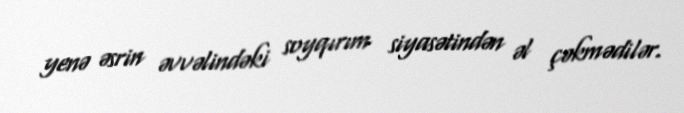
yenə əsrin əvvəlindəki soyqırım siyasətindən əl çəkmədilər.